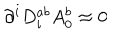
\partial ^ { i } D _ { i } ^ { a b } A _ { 0 } ^ { b } \approx 0